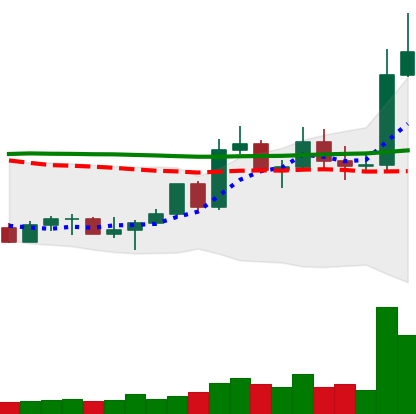
Ticker: LTC-USD
Chart end date: 2022-11-03
Forward return: -7.315%
Label: down_7plus